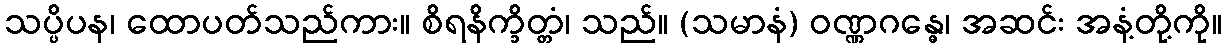
သပ္ပိပန၊ ထောပတ်သည်ကား။ စိရနိက္ခိတ္တံ၊ သည်။ (သမာနံ) ဝဏ္ဏဂန္ဓေ၊ အဆင်း အနံ့တို့ကို။